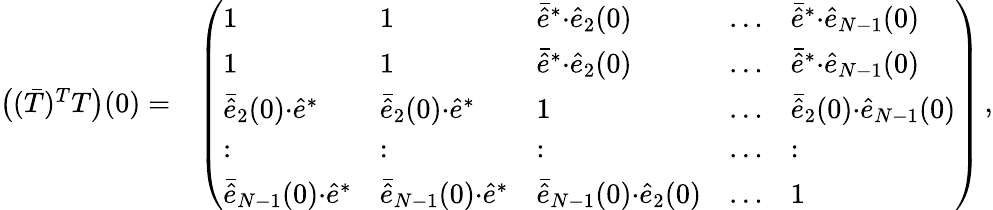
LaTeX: \begin{array}{rl}{\big((\bar{T})^{T}T\big)(0)=}&{\left(\begin{array}{lllll}{1}&{1}&{\bar{\hat{e}}^{*}{\cdot}\hat{e}_{2}(0)}&{\dots}&{\bar{\hat{e}}^{*}{\cdot}\hat{e}_{N-1}(0)}\\ {1}&{1}&{\bar{\hat{e}}^{*}{\cdot}\hat{e}_{2}(0)}&{\dots}&{\bar{\hat{e}}^{*}{\cdot}\hat{e}_{N-1}(0)}\\ {\bar{\hat{e}}_{2}(0){\cdot}\hat{e}^{*}}&{\bar{\hat{e}}_{2}(0){\cdot}\hat{e}^{*}}&{1}&{\dots}&{\bar{\hat{e}}_{2}(0){\cdot}\hat{e}_{N-1}(0)}\\ {:}&{:}&{:}&{\dots}&{:}\\ {\bar{\hat{e}}_{N-1}(0){\cdot}\hat{e}^{*}}&{\bar{\hat{e}}_{N-1}(0){\cdot}\hat{e}^{*}}&{\bar{\hat{e}}_{N-1}(0){\cdot}\hat{e}_{2}(0)}&{\dots}&{1}\end{array}\right)\, ,}\end{array}